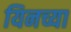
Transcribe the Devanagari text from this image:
यिनच्या